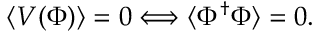
\begin{array} { r } { \langle V ( \Phi ) \rangle = 0 \Longleftrightarrow \langle \Phi ^ { \dagger } \Phi \rangle = 0 . } \end{array}